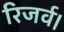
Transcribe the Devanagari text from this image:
रिजर्व।